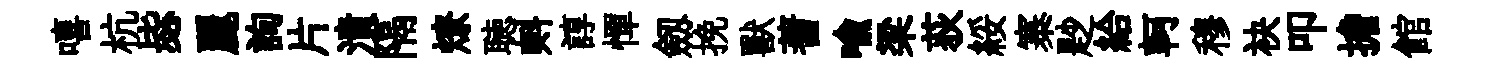
嘻杭毖麗詢片潰隔燎聴㪺諄憚劔挽獸蓍喻梁荻綏寨尟給軻穆袂叩擔館